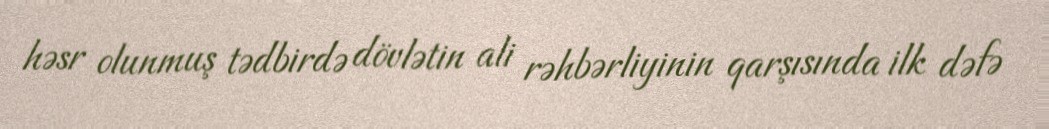
həsr olunmuş tədbirdə dövlətin ali rəhbərliyinin qarşısında ilk dəfə